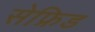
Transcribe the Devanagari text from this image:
सेफ्रिड